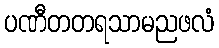
ပဏီတတရသာမညဖလံ